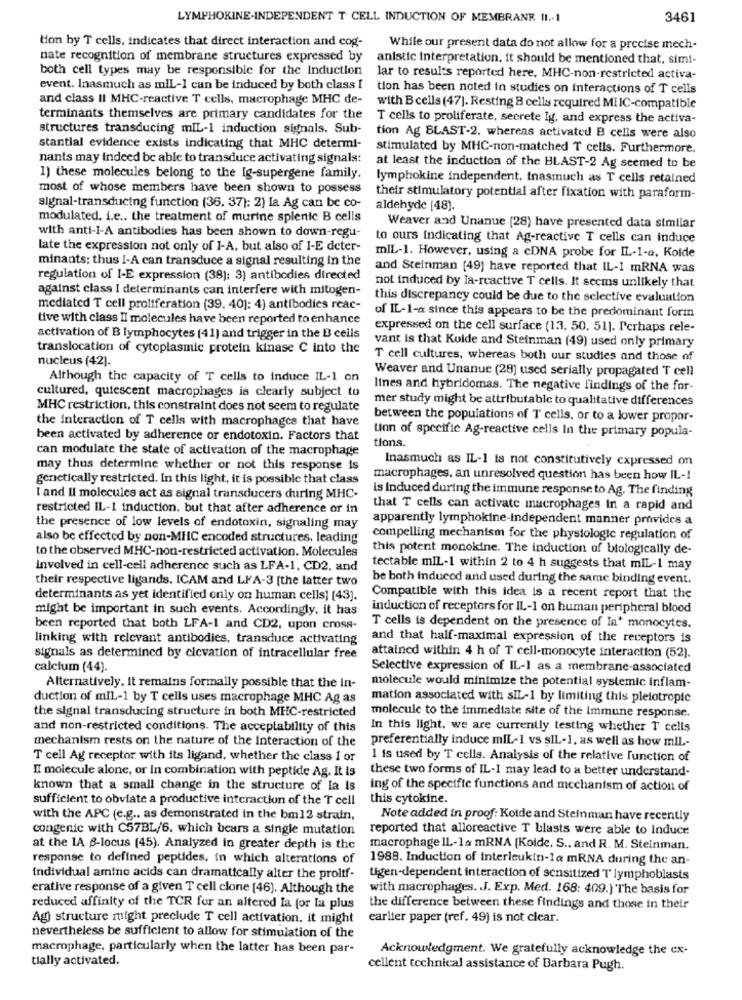
LYMPHOKINE-INDEPENDENT T CELL INDUCTION OF MEMBRANE II .- 1
3461
tion by T cells. indicates that direct interaction and cog-
While our present data do not allow for a precise mech-
nate recognition of membrane structures expressed by
anistic interpretation, it should be mentioned that, simi-
both cell types may be responsible for the Induction
lar to results reported here, MHC-non-restricted activa-
event. Inasmuch as mil-1 can be induced by both class I tion has been noted in studies on interactions of T cells
and class II MHC-reactive T cells, macrophage MHC de-
with Bcells (47]. Resting B cells required MI IC-compatible
terminants themselves are primary candidates for the
T cells to proliferate, secrete Ig. and express the activa-
structures transducing mIL-1 induction signals. Sub-
tion Ag BLAST-2. whereas activated B cells were also
stantial evidence exists indicating that MHC determi-
stimulated by MHC-non-matched T cells. Furthermore.
nants may indeed be able to transduce activating signals:
at least the induction of the BLAST-2 Ag seemed to be
1) these molecules belong to the Ig-supergene family.
lymphokine independent, tnasmuch as T cells retained
most of whose members have been shown to possess
their stimulatory potential after fixation with paraform-
signal-transducing function (36. 37): 2) Ia Ag can be co-
aldehyde [48).
modulated. i.e .. the treatment of murine splenic B cells
with anti-I-A antibodies has been shown to down-regu-
Weaver and Unanue (28) have presented data similar
to ours indicating that Ag-reactive T cells can induce
late the expression not only of I-A, but also of I-E deter-
minants; thus I-A can transduce a signal resulting in the
mIL-1. However, using a cDNA probe for IL-1-a, Kolde
and Steinman [49) have reported that IL-1 mRNA was
regulation of I-E expression (38): 3) antibodies directed
against class I determinants can interfere with mitogen-
not induced by Ia-reactive T cells. It seems unlikely that
this discrepancy could be due to the selective evaluation
mediated T cell proliferation (39. 40]: 4) antibodies reac-
of IL-1-a since this appears to be the predominant form
tive with class Il molecules have been reported to enhance
expressed on the cell surface (13. 50, 51). Perhaps rele-
activation of B lymphocytes (41) and trigger in the B cells
vant is that Kuide and Steinman (49) used only primary
translocation of cytoplasmic protein kinase C into the
nucleus (42).
T cell cultures, whereas both uur studies and those of
Weaver and Unanue (28) used serially propagated T cell
Although the capacity of T cells to induce IL-1 on
cultured, quiescent macrophages is clearly subject to
lines and hybridomas. The negative findings of the for-
mer study might be attributable to qualitative differences
MHC restriction, this constraint does not seem to regulate
the interaction of T cells with macrophages that have
between the populations of T cells, or to a lower propor-
been activated by adherence or endotoxin. Factors that
tion of specific Ag-reactive cells In the primary popula-
tions.
can modulate the state of activation of the macrophage
Inasmuch as IL-1 ts not constitutively expressed on
may thus determine whether or not this response is
genetically restricted. In this light, it is possible that class
macrophages, an unresolved question has been how IL-1
is induced during the immune response to Ag. The finding
I and II molecules act as signal transducers during MHC-
restricted IL-1 induction. but that after adherence or in
that T cells can activate macrophages in a rapid and
apparently lymphokine-independent manner provides a
the presence of low levels of endotoxin, signaling may
also be effected by non-MHC encoded structures, leading
compelling mechanism for the physiologic regulation of
to the observed MHC-non-restricted activation. Molecules
this potent monokine. The induction of biologically de-
involved in cell-cell adherence such as LFA-1, CD2, and
tectable mIL-1 within 2 to 4 h suggests that miL-1 may
their respective ligands. ICAM and LFA-3 [the latter two
be both induced and used during the same binding event.
determinants as yet identified only on human cells] [43].
Compatible with this idea is a recent report that the
might be important in such events. Accordingly, it has
induction of receptors for IL-1 on human peripheral blood
been reported that both LFA-1 and CD2, upon cross-
T cells is dependent on the presence of In' monocytes.
linking with relevant antibodies, transduce activating
and that half-maximal expression of the receptors is
signals as determined by cicvation of intracellular free
attained within 4 h of T cell-monocyte interaction (52).
calcium (44).
Selective expression of IL-1 as a membrane-associated
molecule would minimize the potential systemic inflam-
Alternatively, it remains formally possible that the In-
duction of mil-1 by T cells uses macrophage MHC Ag as
mation associated with sIL-1 by limiting this pleiotropic
molecule to the immediate site of the immune response.
the signal transducing structure in both MHC-restricted
and non-restricted conditions. The acceptability of this
In this light. we are currently testing whether T cells
preferentially induce miL-1 vs sIL-1, as well as how mlL-
mechanism rests on the nature of the Interaction of the
T cell Ag receptor with its ligand, whether the class 1 or
1 is used by T cells. Analysis of the relative function of
II molecule alone, or In combination with peptide Ag. It is
these two forms of IL-1 may lead to a better understand-
known that a small change in the structure of Ia is
ing of the specific functions and mechanism of action of
sufficient to obviate a productive interaction of the T cell
this cytokine.
with the APC (e.g ., as demonstrated in the bm12 strain,
Note added in proof: Kotde and Steinman have recently
congenic with C57BL/6. which bears a single mutation
reported that alloreactive T blasts were able to Induce
at the IA B-locus (45). Analyzed in greater depth is the
macrophage IL-la mRNA (Koldc, S .. and R. M. Steinman.
response to defined peptides, in which alterations of
1988. Induction of interleukin-la mRNA during the an-
individual amino acids can dramatically alter the proltf-
tigen-dependent interaction of sensitized T' lymphoblasts
erative response of a given T cell clone [46). Although the
with macrophages. J. Exp. Med. 168: 409.] The basis for
reduced affinity of the TCR for an altered la for la plus
the difference between these findings and those in their
Ag) structure might preclude T cell activation. it might
earlier paper (ref. 49) is not clear.
nevertheless be sufficient to allow for stimulation of the
macrophage, particularly when the latter has been par-
Acknowledgment. We gratefully acknowledge the ex-
tially activated.
cellent technical assistance of Barbara Pugh.